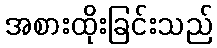
အစားထိုးခြင်းသည်